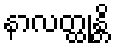
နာလတ္ထုန္တိ